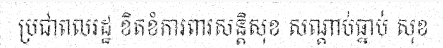
ប្រជាពលរដ្ឋ ខិតខំការពារសន្តិសុខ សណ្តាប់ធ្នាប់ សុខ